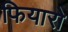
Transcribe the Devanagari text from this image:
फियारो